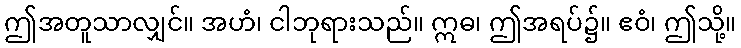
ဤအတူသာလျှင်။ အဟံ၊ ငါဘုရားသည်။ ဣဓ၊ ဤအရပ်၌။ ဧဝံ၊ ဤသို့။